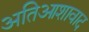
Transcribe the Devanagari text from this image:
अतिआशावाद